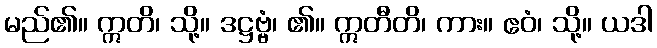
မည်၏။ ဣတိ၊ သို့။ ဒဋ္ဌဗ္ဗံ၊ ၏။ ဣတီတိ၊ ကား။ ဧဝံ၊ သို့။ ယဒါ